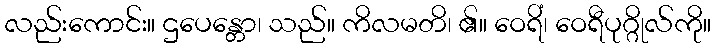
လည်းကောင်း။ ဌပေန္တော၊ သည်။ ကိလမတိ၊ ၏။ ဝေရိံ၊ ဝေရီပုဂ္ဂိုလ်ကို။